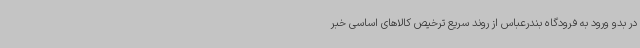
در بدو ورود به فرودگاه بندرعباس از روند سریع ترخیص کالاهای اساسی خبر